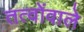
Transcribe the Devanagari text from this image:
तत्वोंवाले